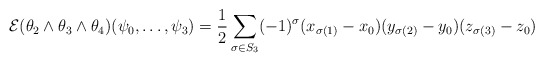
\begin{align*} \mathcal{E} (\theta_2\wedge \theta_3\wedge \theta_4) (\psi_0,\dots,\psi_{3})=\frac{1}{2}\sum_{\sigma \in S_3} (-1)^{\sigma} (x_{\sigma(1)}-x_0) (y_{\sigma(2)}-y_0) (z_{\sigma(3)}-z_0) \end{align*}